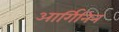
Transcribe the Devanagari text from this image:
आर्गिनिन